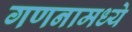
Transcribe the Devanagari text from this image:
गणनामध्ये